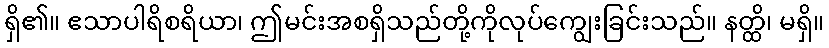
ရှိ၏။ ဧသာပါရိစရိယာ၊ ဤမင်းအစရှိသည်တို့ကိုလုပ်ကျွေးခြင်းသည်။ နတ္ထိ၊ မရှိ။